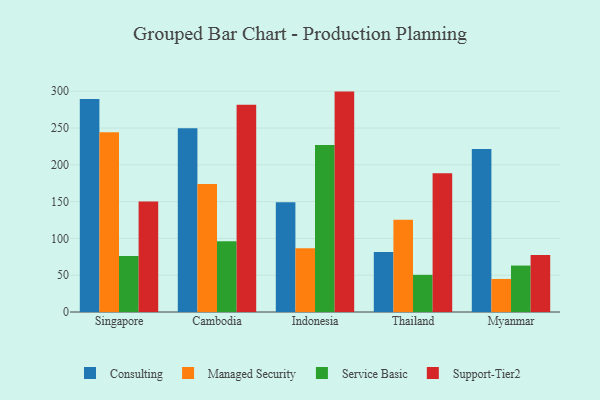
{"axis": {"x": "Country", "y": "Satisfaction Score"}, "legend": ["Consulting", "Managed Security", "Service Basic", "Support-Tier2"], "data": [{"x": "Singapore", "y": 289.5, "type": "Consulting"}, {"x": "Singapore", "y": 244.4, "type": "Managed Security"}, {"x": "Singapore", "y": 76.1, "type": "Service Basic"}, {"x": "Singapore", "y": 150.2, "type": "Support-Tier2"}, {"x": "Cambodia", "y": 249.8, "type": "Consulting"}, {"x": "Cambodia", "y": 173.9, "type": "Managed Security"}, {"x": "Cambodia", "y": 96.1, "type": "Service Basic"}, {"x": "Cambodia", "y": 281.8, "type": "Support-Tier2"}, {"x": "Indonesia", "y": 149.0, "type": "Consulting"}, {"x": "Indonesia", "y": 86.7, "type": "Managed Security"}, {"x": "Indonesia", "y": 226.8, "type": "Service Basic"}, {"x": "Indonesia", "y": 299.5, "type": "Support-Tier2"}, {"x": "Thailand", "y": 81.4, "type": "Consulting"}, {"x": "Thailand", "y": 125.4, "type": "Managed Security"}, {"x": "Thailand", "y": 50.5, "type": "Service Basic"}, {"x": "Thailand", "y": 188.5, "type": "Support-Tier2"}, {"x": "Myanmar", "y": 221.6, "type": "Consulting"}, {"x": "Myanmar", "y": 44.9, "type": "Managed Security"}, {"x": "Myanmar", "y": 63.1, "type": "Service Basic"}, {"x": "Myanmar", "y": 77.3, "type": "Support-Tier2"}]}